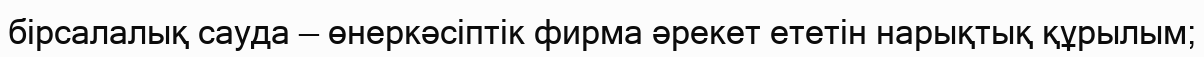
бірсалалық сауда — өнеркәсіптік фирма әрекет ететін нарықтық құрылым;